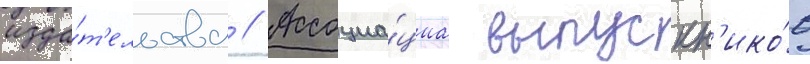
изда́т'ельства // Ассоциа́циа выпускн'ико́в